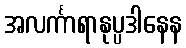
အလင်္ကာရာနုပ္ပဒါနေန